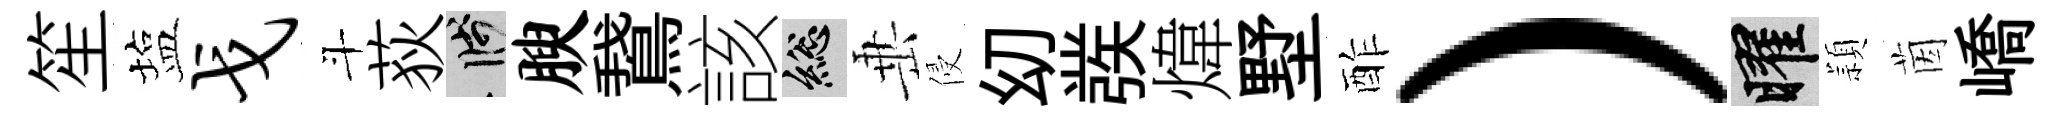
笙塩戈斗荻箋腴鵞該總𡸁侵㓜彂煒墅酢）曜頴茵嶠